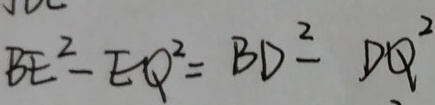
B E ^ { 2 } - E Q ^ { 2 } = B D ^ { 2 } - D Q ^ { 2 }